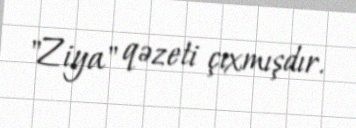
"Ziya" qəzeti çıxmışdır.